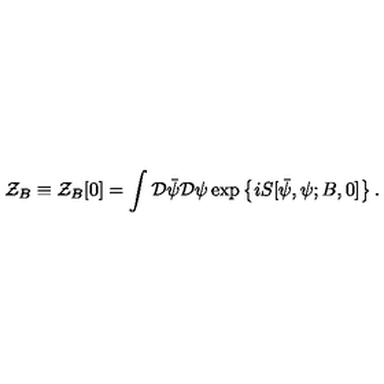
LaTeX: { \mathcal Z } _ { B } \equiv { \mathcal Z } _ { B } [ 0 ] = \int { \mathcal D } { \bar { \psi } } { \mathcal D } \psi \exp \left\{ i S [ { \bar { \psi } } , \psi ; B , 0 ] \right\} .